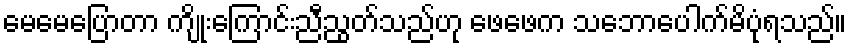
မေမေပြောတာ ကျိုးကြောင်းညီညွတ်သည်ဟု ဖေဖေက သဘောပေါက်မိပုံရသည်။